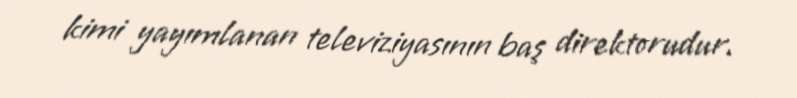
kimi yayımlanan televiziyasının baş direktorudur.